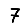
Digit: 7